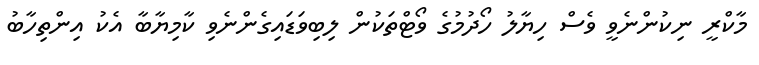
މާކްރީ ނިކުންނެވީ ވެސް ހިޔާލު ހޯދުމުގެ ވޯޓްތަކުން ލިބިވަޑައިގެންނެވި ކާމިޔާބާ އެކު އިންތިހާބު